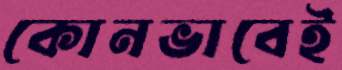
কোনভাবেই